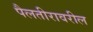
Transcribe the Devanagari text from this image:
पैलतीरावरील